65_HS1-834228961_62-HQ-83894_Section_9
Agency: FBI
Page 8
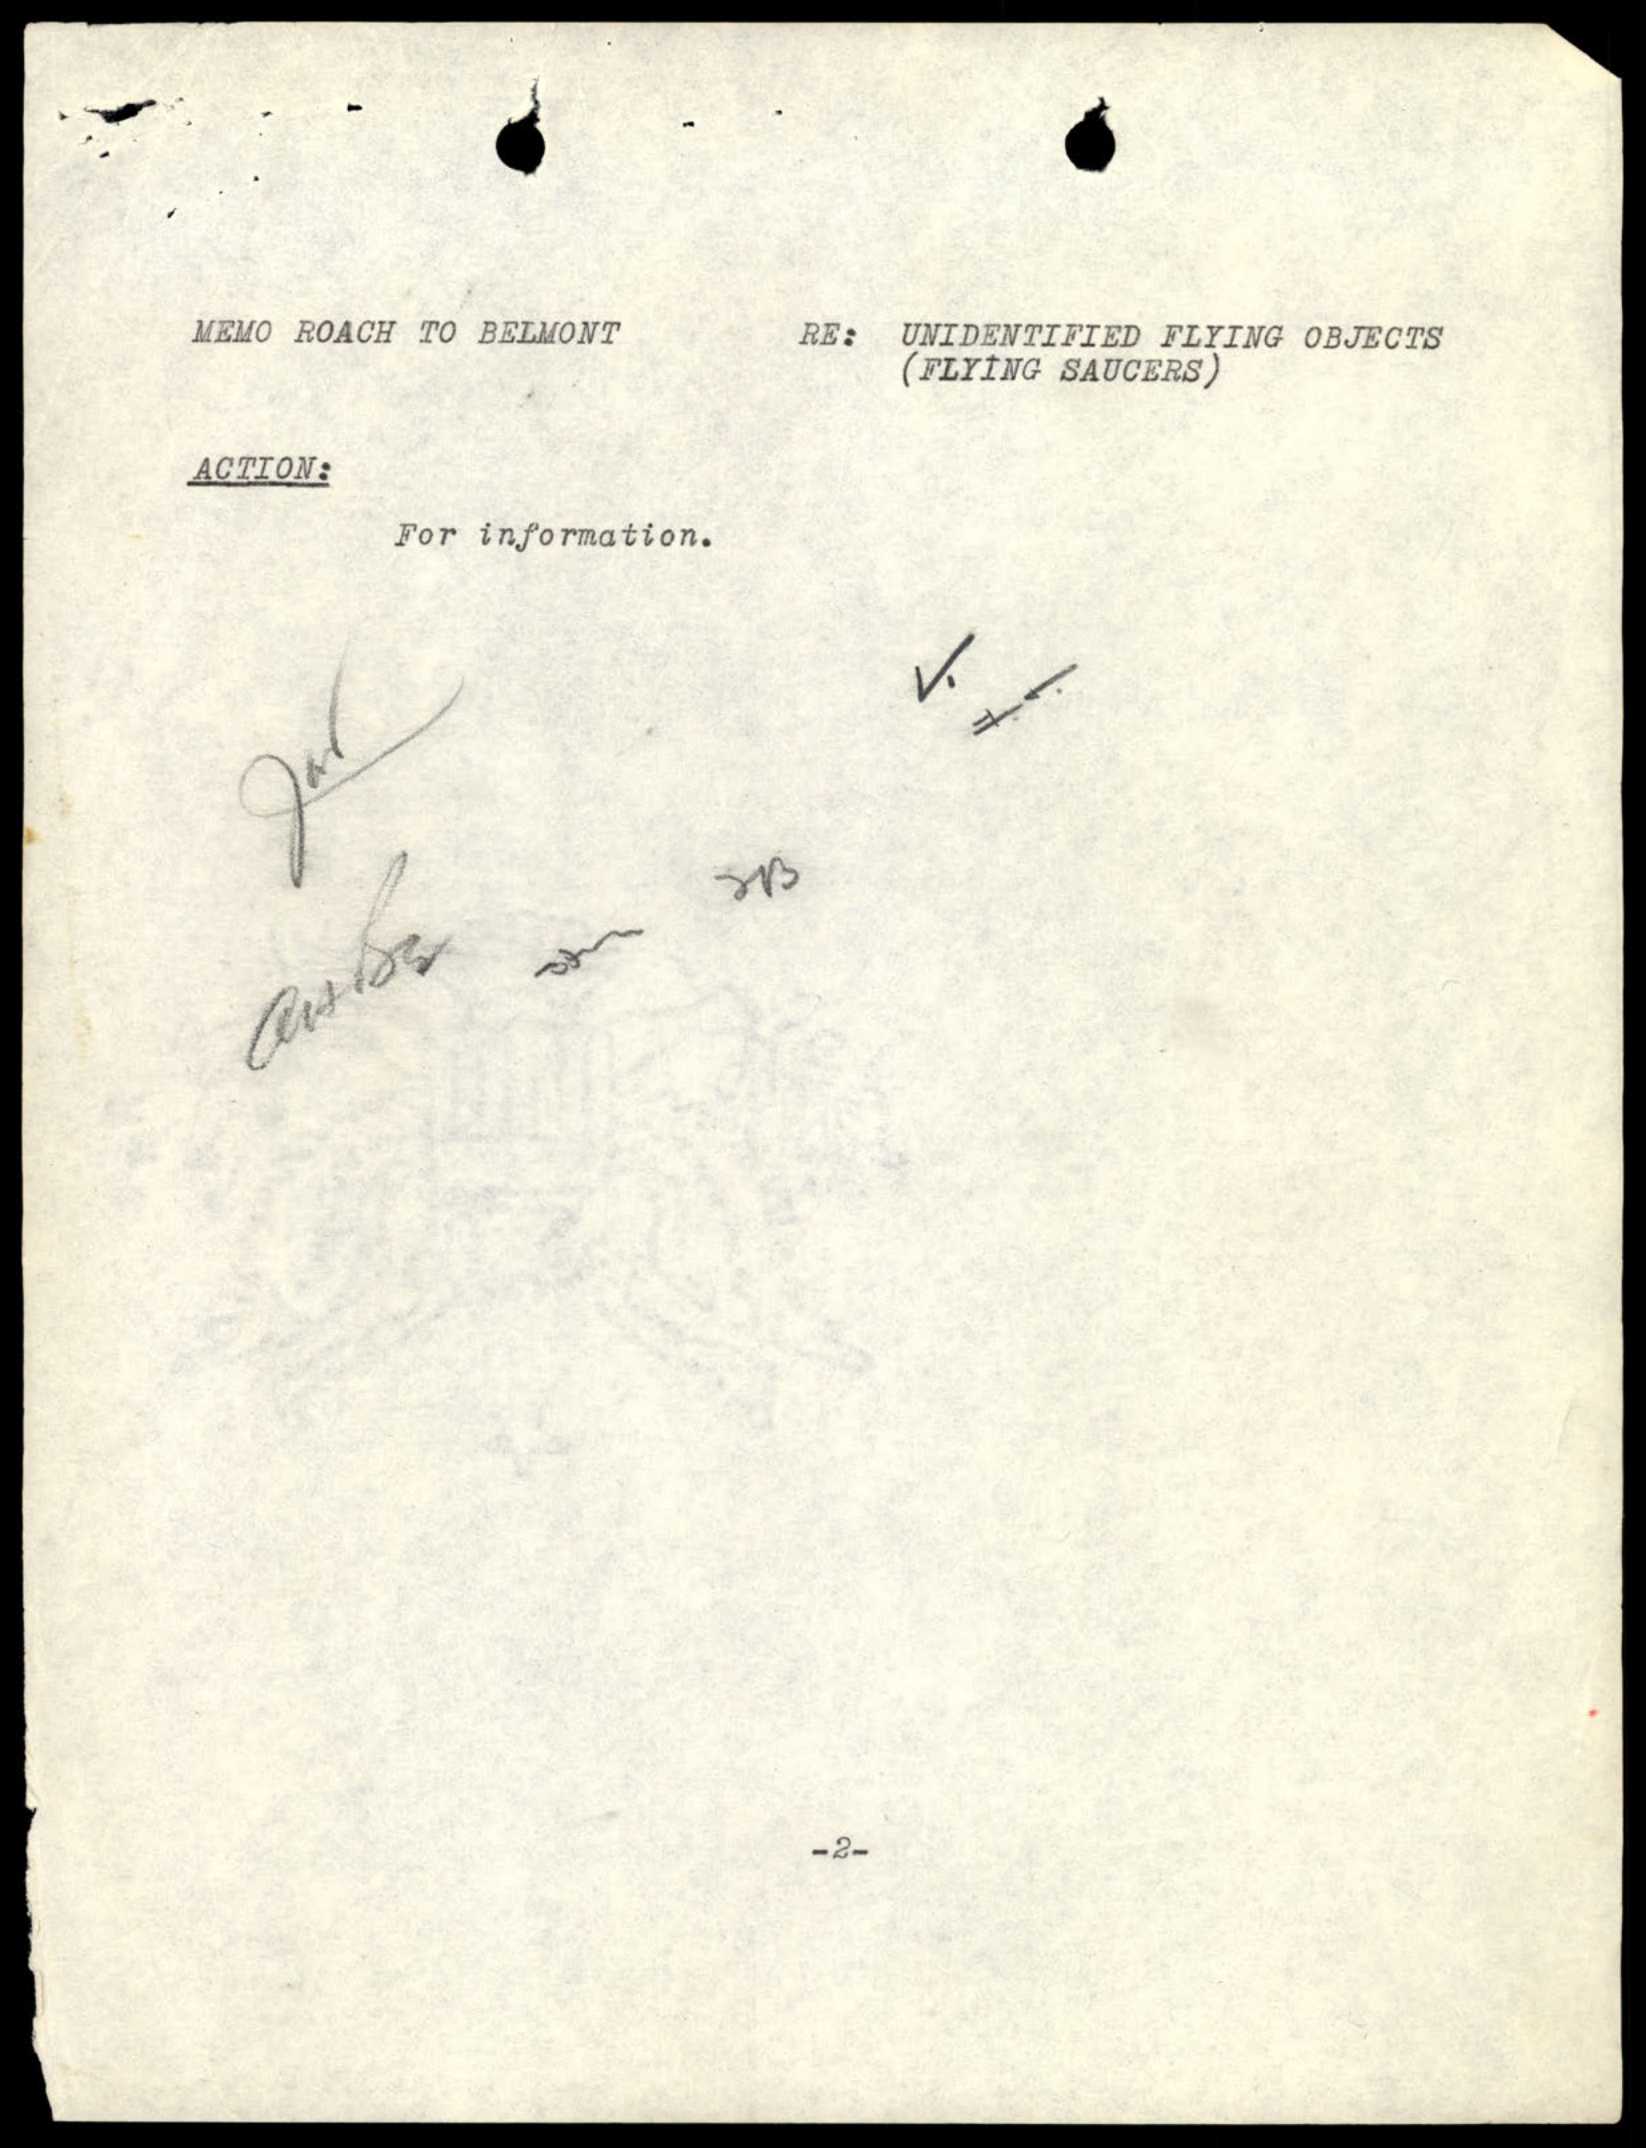